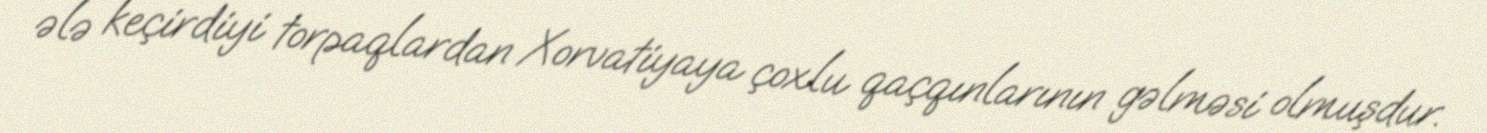
ələ keçirdiyi torpaqlardan Xorvatiyaya çoxlu qaçqınlarının gəlməsi olmuşdur.